Rangoon Lunatic Asylum 1893-1897 - 1893-1897
Year: 1893
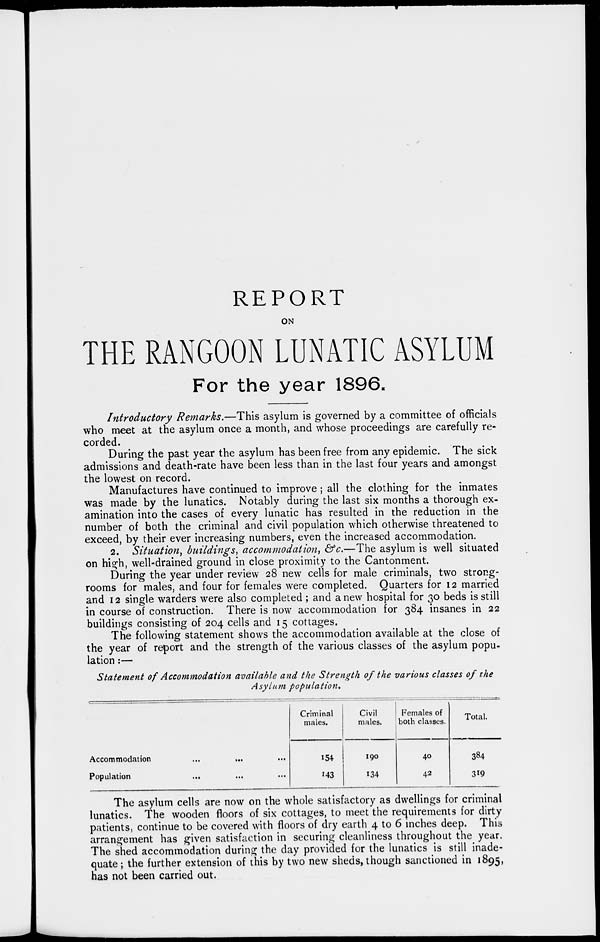
REPORT
ON
THE RANGOON LUNATIC ASYLUM
For the year 1896.
Introductory Remarks.—This asylum is governed by a committee of officials
who meet at the asylum once a month, and whose proceedings are carefully re-
corded.
During the past year the asylum has been free from any epidemic. The sick
admissions and death-rate have been less than in the last four years and amongst
the lowest on record.
Manufactures have continued to improve; all the clothing for the inmates
was made by the lunatics. Notably during the last six months a thorough ex-
amination into the cases of every lunatic has resulted in the reduction in the
number of both the criminal and civil population which otherwise threatened to
exceed, by their ever increasing numbers, even the increased accommodation.
2. Situation, buildings, accommodation, &c.—The asylum is well situated
on high, well-drained ground in close proximity to the Cantonment.
During the year under review 28 new cells for male criminals, two strong-
rooms for males, and four for females were completed. Quarters for 12 married
and 12 single warders were also completed ; and a new hospital for 30 beds is still
in course of construction. There is now accommodation for 384 insanes in 22
buildings consisting of 204 cells and 15 cottages.
The following statement shows the accommodation available at the close of
the year of report and the strength of the various classes of the asylum popu-
lation :—
Statement of Accommodation available and the Strength of the various classes of the
Asylum population.
Accommodation
...
...
...
Population ... ... ...
Criminal
males.
154
143
Civil
males.
190
134
Females of
both classes.
40
42
Total.
384
319
The asylum cells are now on the whole satisfactory as dwellings for criminal
lunatics. The wooden floors of six cottages, to meet the requirements for dirty
patients, continue to be covered with floors of dry earth 4 to 6 inches deep. This
arrangement has given satisfaction in securing cleanliness throughout the year.
The shed accommodation during the day provided for the lunatics is still inade-
quate ; the further extension of this by two new sheds, though sanctioned in 1895,
has not been carried out.